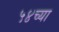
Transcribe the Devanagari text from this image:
५४च्या